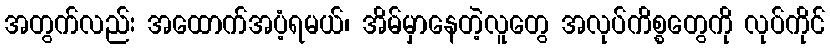
အတွက်လည်း အထောက်အပံ့ရမယ်၊ အိမ်မှာနေတဲ့လူတွေ အလုပ်ကိစ္စတွေကို လုပ်ကိုင်